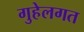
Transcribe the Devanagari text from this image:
गुहेलगत